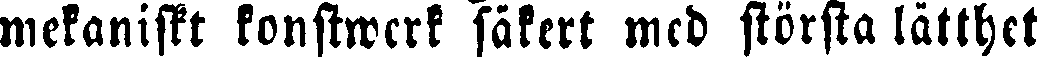
mekaniskt konstwerk säkert med största lätthet